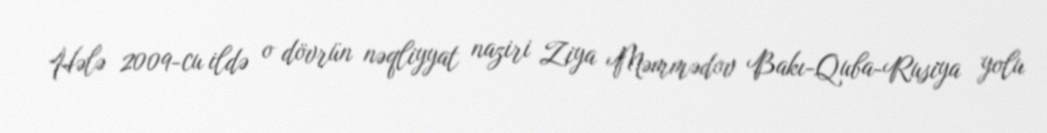
Hələ 2009-cu ildə o dövrün nəqliyyat naziri Ziya Məmmədov Bakı-Quba-Rusiya yolu